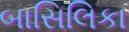
બાસિલિકા